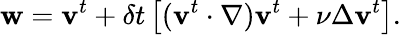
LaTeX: \mathbf{w}=\mathbf{v}^{t}+\delta t\left[(\mathbf{v}^{t}\cdot\nabla)\mathbf{v}^{t}+\nu\Delta\mathbf{v}^{t}\right].